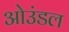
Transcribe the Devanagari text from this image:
ओउंडल